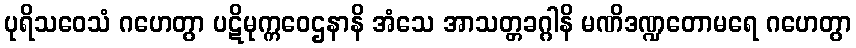
ပုရိသဝေသံ ဂဟေတွာ ပဋိမုက္ကဝေဌနာနိ အံသေ အာသတ္တခဂ္ဂါနိ မဏိဒဏ္ဍတောမရေ ဂဟေတွာ